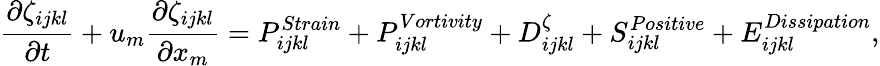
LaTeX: \frac{\partial\zeta_{ijkl}}{\partial t}+u_{m}\frac{\partial\zeta_{ijkl}}{\partial x_{m}}=P_{ijkl}^{Strain}+P_{ijkl}^{Vortivity}+D_{ijkl}^{\zeta}+S_{ijkl}^{Positive}+E_{ijkl}^{Dissipation},